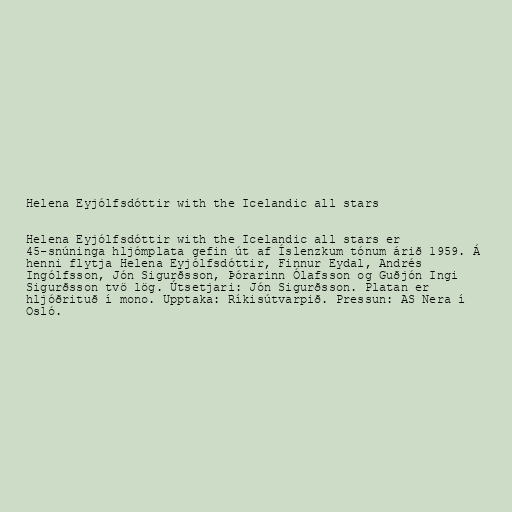
Helena Eyjólfsdóttir with the Icelandic all stars

Helena Eyjólfsdóttir with the Icelandic all stars er
45-snúninga hljómplata gefin út af Íslenzkum tónum árið 1959. Á
henni flytja Helena Eyjólfsdóttir, Finnur Eydal, Andrés
Ingólfsson, Jón Sigurðsson, Þórarinn Ólafsson og Guðjón Ingi
Sigurðsson tvö lög. Útsetjari: Jón Sigurðsson. Platan er
hljóðrituð í mono. Upptaka: Ríkisútvarpið. Pressun: AS Nera í
Osló.